Report on the working of the Ranchi Indian Mental Hospital, Kanke, in Bihar and Orissa - 1930-1940
Year: 1930
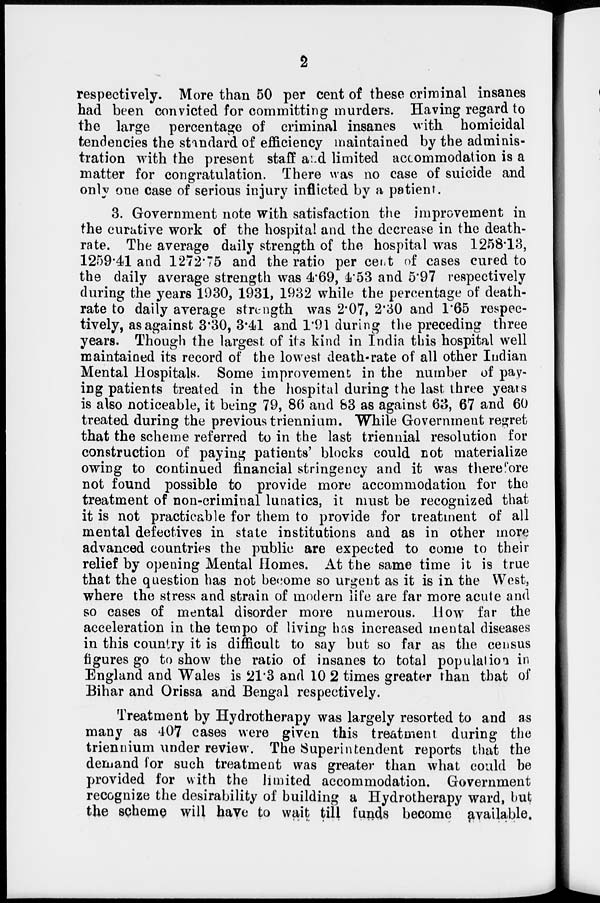
2
respectively. More than 50 per cent of these criminal insanes
had been convicted for committing murders. Having regard to
the large percentage of criminal insanes with homicidal
tendencies the standard of efficiency maintained by the adminis-
tration with the present staff and limited accommodation is a
matter for congratulation. There was no case of suicide and
only one case of serious injury inflicted by a patient.
3. Government note with satisfaction the improvement in
the curative work of the hospital and the decrease in the death-
rate. The average daily strength of the hospital was 1258.13,
1259.41 and 1272.75 and the ratio per cent of cases cured to
the daily average strength was 4.69, 4.53 and 5.97 respectively
during the years 1930, 1931, 1932 while the percentage of death-
rate to daily average strength was 2.07, 2.30 and 1.65 respec-
tively, as against 3.30, 3.41 and 1.91 during the preceding three
years. Though the largest of its kind in India this hospital well
maintained its record of the lowest death-rate of all other Indian
Mental Hospitals. Some improvement in the number of pay-
ing patients treated in the hospital during the last three years
is also noticeable, it being 79, 86 and 83 as against 63, 67 and 60
treated during the previous triennium. While Government regret
that the scheme referred to in the last triennial resolution for
construction of paying patients' blocks could not materialize
owing to continued financial stringency and it was therefore
not found possible to provide more accommodation for the
treatment of non-criminal lunatics, it must be recognized that
it is not practicable for them to provide for treatment of all
mental defectives in state institutions and as in other more
advanced countries the public are expected to come to their
relief by opening Mental Homes. At the same time it is true
that the question has not become so urgent as it is in the West,
where the stress and strain of modern life are far more acute and
so cases of mental disorder more numerous. How far the
acceleration in the tempo of living has increased mental diseases
in this country it is difficult to say but so far as the census
figures go to show the ratio of insanes to total population in
England and Wales is 21.3 and 102 times greater than that of
Bihar and Orissa and Bengal respectively.
Treatment by Hydrotherapy was largely resorted to and as
many as 407 cases were given this treatment during the
triennium under review. The Superintendent reports that the
demand for such treatment was greater than what could be
provided for with the limited accommodation. Government
recognize the desirability of building a Hydrotherapy ward, but
the scheme will have to wait till funds become available.